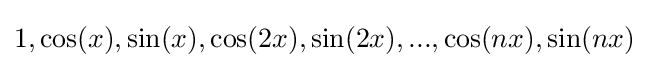
1,\cos(x),\sin(x),\cos(2x),\sin(2x),...,\cos(nx),\sin(nx)